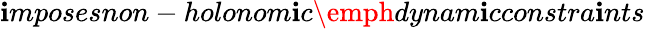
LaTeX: \mathbf{i}mposesnon-holonom\mathbf{i}c\emph{{dynam\mathbf{i}cconstra\mathbf{i}nts}}